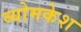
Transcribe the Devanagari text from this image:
व्‍योमकेश